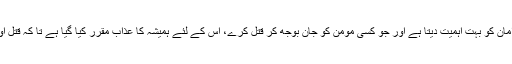
اسلام، مسلمان کی جان اور لوگوں کے امان کو بہت اہمیت دیتا ہے اور جو کسی مومن کو جان بوجھ کر قتل کرے، اس کے لئے ہمیشہ کا عذاب مقرر کیا گیا ہے تا کہ قتل اور سنگین جرائم کی روک تھام ہوجائے۔